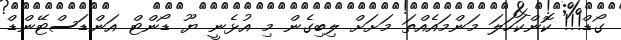
ގޯޑް!!! ކޮންކަހަލަ މަންމައެއްތަ މަށަށް ލިބިގެން މި އުޅެނީ ޔޫ ޑޯންޓް އަންޑަސްޓޭންޑް